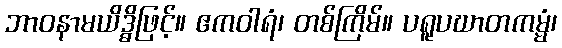
ဘာဝနာမယိဒ္ဓိဖြင့်။ ဧကဝါရံ၊ တစ်ကြိမ်။ ပရူပဃာတကမ္မံ၊